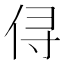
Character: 𰂃